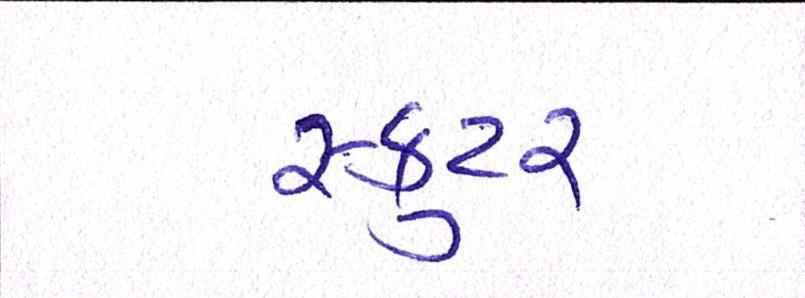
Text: સ્કુટર